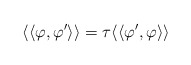
\begin{align*}\langle\langle\varphi,\varphi'\rangle\rangle=\tau\langle\langle\varphi',\varphi\rangle\rangle\end{align*}